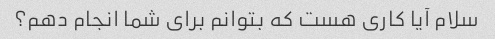
سلام آیا کاری هست که بتوانم برای شما انجام دهم؟